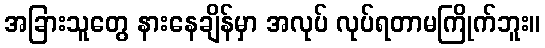
အခြားသူတွေ နားနေချိန်မှာ အလုပ် လုပ်ရတာမကြိုက်ဘူး။